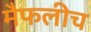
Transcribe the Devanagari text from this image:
मैफलीच